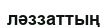
ләззаттың